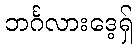
ဘင်္ဂလားဒေ့ရှ်